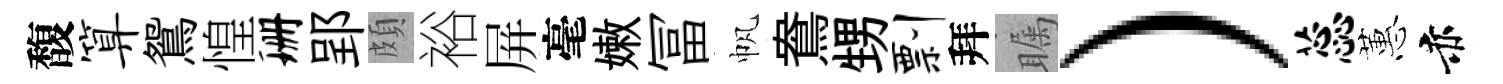
馥算鴛惶珊郢頗裕屏毫嫩冨帆鴦甥剽拜瞩）蕊蕙赤